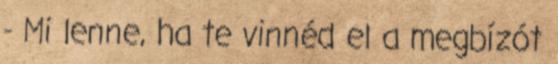
- Mi lenne, ha te vinnéd el a megbízót